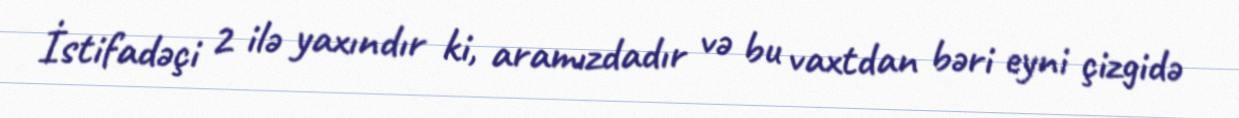
İstifadəçi 2 ilə yaxındır ki, aramızdadır və bu vaxtdan bəri eyni çizgidə